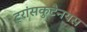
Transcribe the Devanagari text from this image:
ट्रांसकुटैनयस